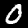
Digit: 0